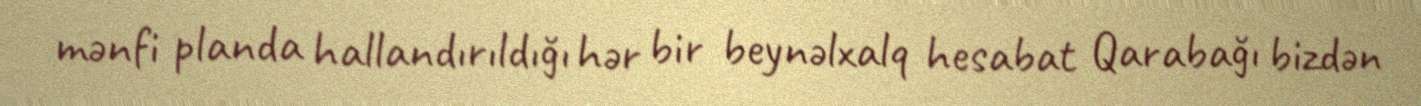
mənfi planda hallandırıldığı hər bir beynəlxalq hesabat Qarabağı bizdən